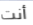
أنت